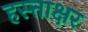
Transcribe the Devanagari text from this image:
हस्त्ताक्षर